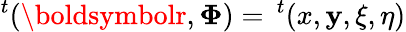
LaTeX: ^t(\boldsymbolr,\boldsymbol\Phi)=\, ^{t}(x,\mathbf{y},\xi,\eta)